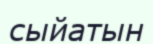
сыйатын